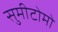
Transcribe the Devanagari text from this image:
सुमीटोमो